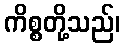
ကိစ္စတို့သည်၊